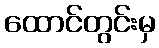
ထောင်တွင်းမှ